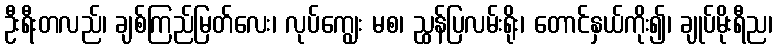
ဦးရီးတလည်၊ ချစ်ကြည်မြတ်လေး၊ လုပ်ကျွေး မစ၊ ညွှန်ပြလမ်းရိုး၊ တောင်နှယ်ကိုး၍၊ ချုပ်မိုးရီည၊